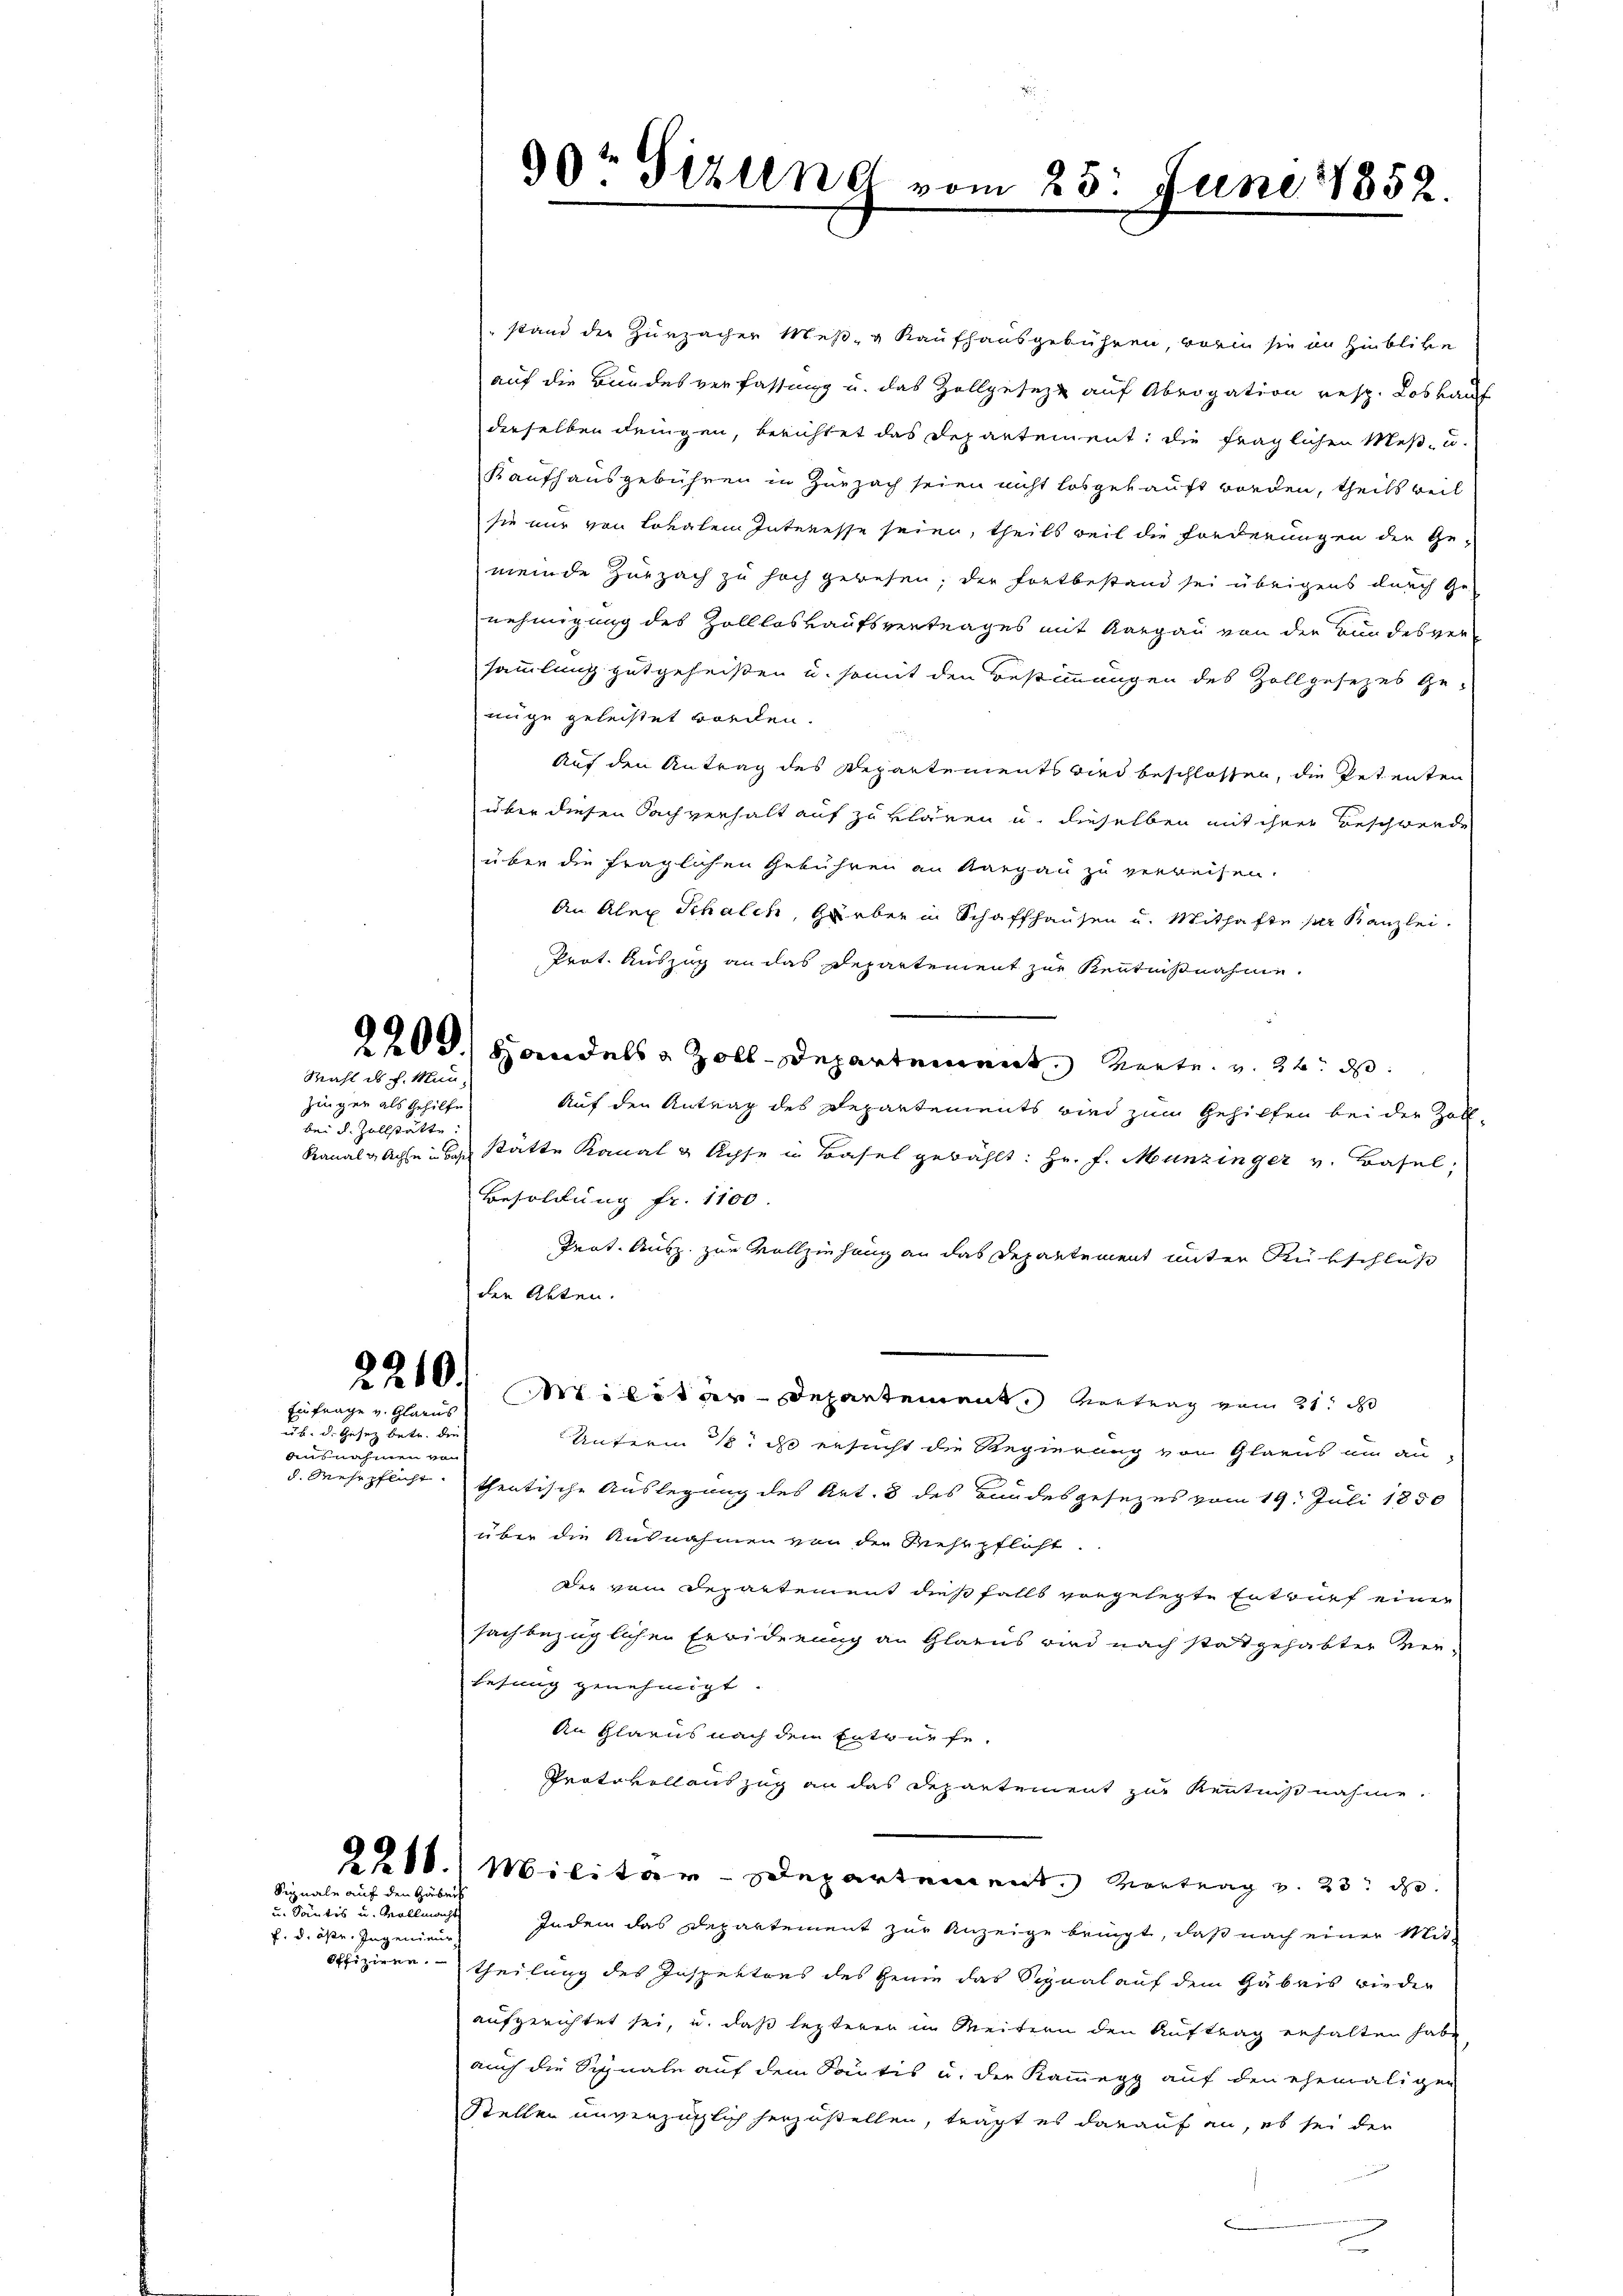
Wahl ds. f. Mun
Zinger als Gehilfe.
bei d. Zollstätte.

2210.
Einfrage v. Glarus

ub. d. Gesetz betr. die
Ausnahmen von

f. d. öste. Ingenieur
Offiziere.

Signale auf den Gärbei
i. Fertier u. der einen

90t Sizung vom 25. Juni 1852.

stand der Zurzacher Meß- & Kaufhausgebühren, worin sie in Hinblicke
auf die Bundesverfassung u. das Zollgesezt auf Abrogation resp. Loskauf
derselben dringen, berichtet das Departement: die fraglichen Meß- u.
Kaufhausgebühren in Zurzach seien nicht losgekauft worden, theils weil
sie nur von Lokalen Interesse seien, theils weil die Forderungen der Ge-
meinde Zurzach zu hoch gewesen, der Fortbestand sei übrigens durch Ge-
nehmigung des Zollloskaufsvertrages mit Aargau von der Bundesversammlung gutgeheißen u. somit den Bestimmungen des Zollgesezes Ge-
nige geleistet worden.
Auf den Antrag des Departements wird beschlossen, die Petenten
über diesen Sachverhalt auf zu klären u. dieselben mit ihrer Beschwerde
über die fraglichen Gebühren an Aargau zu verweisen.
An Alex Schalch, Gärber in Schaffhausen u. Mithafte per Kanzlei.
Prot. Auszug an das Departement zur Kenntnißnahme.
2200.) Handels & Zoll-Departement Mart. v. 22. d.
Auf den Antrag des Departements wird zum Gehilfen bei der Zoll-
Kanalgachte über stätte Kanal & Achse in Basel gewählt: Hr. f. Munzinger v. Basel,
Besoldung fr. 1100.
Prat. Ausz. zur Vollziehung an das Departement unter Rükschluß
der Akten.
Militar Departement Vertrag vom 21. d
Unterm 12. ds ersucht die Regierung von Glarus um an-
d. Mehrpflicht. theatische Auslegung des Art. 8 des Bundesgesezes vom 19. Juli 1850
über die Ausnahmen von der Rehrpflicht.
Der vom Departement dies falls vorgelegte Entwurf einen
sachbezüglichen Erwiderung an Glarus wird nach stattgehabter ein
Lesung genehmigt. |
An Glarus nach dem Entwürfe,
Protokollauszug an das Departement zur Kenntnißnahme.
2218.) Militär-Departement. Vortrag v. 23. d.
Indem das Departement zur Anzeige bringt, daß nach einer Mittheilung des Inspektors des Genie das Signal auf dem Gabris wieder
aufgerichtet sei, u. daß lezteren im Weitern den Auftrag erhalten habe
auch die Signale auf dem Säntis u. der Kammegg auf den ehemaligen
Stellen unverzüglich herzustellen, trägt es darauf an, es sei der